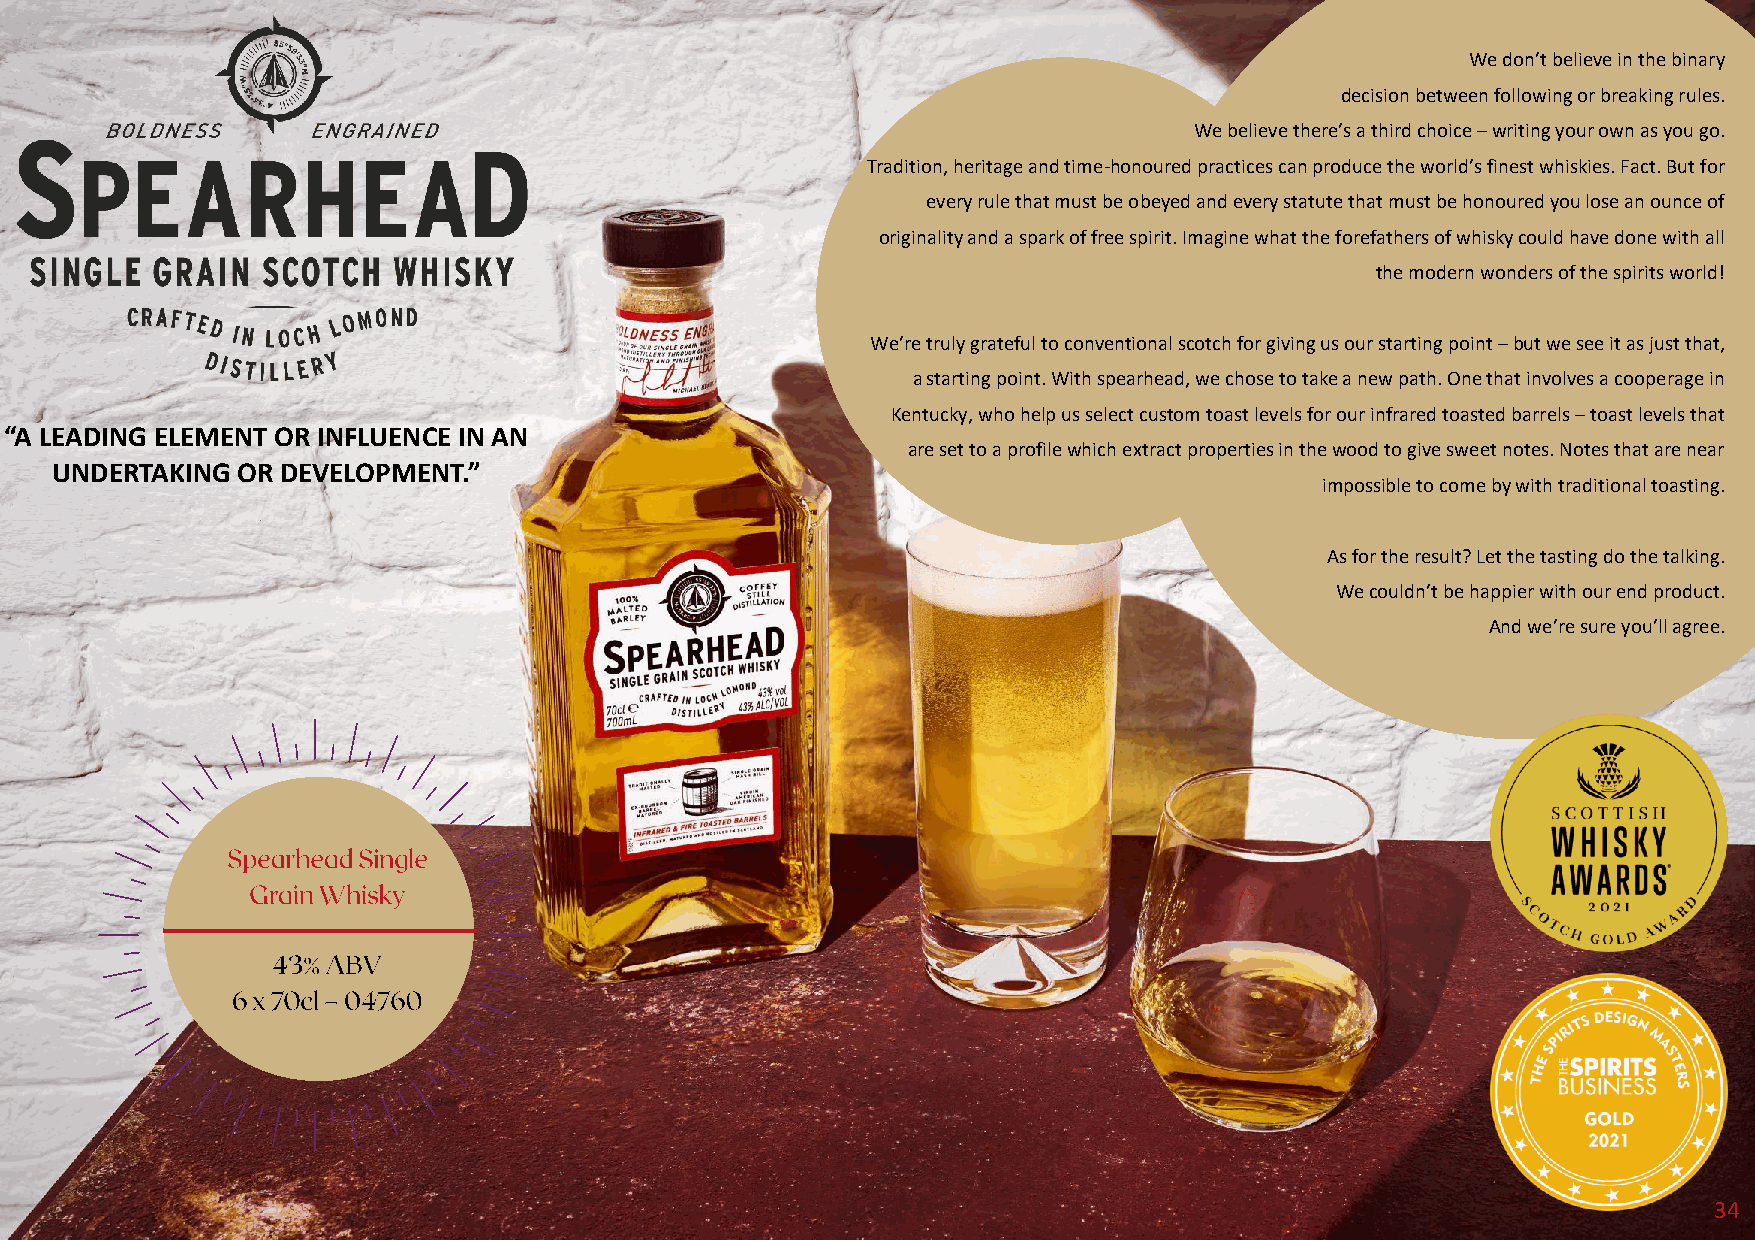
We don’t believe in the binary
 decision between following or breaking rules.
 We believe there’s a third choice –writing your own as you go.
 Tradition, heritage and time-honoured practices can produce the world’s finest whiskies. Fact. But for
 every rule that must be obeyed and every statute that must be honoured you lose an ounce of
 originality and a spark of free spirit. Imagine what the forefathers of whisky could have done with all
 the modern wonders of the spirits world!
 We’re truly grateful to conventional scotch for giving us our starting point –but we see it as just that,
 a starting point. With spearhead, we chose to take a new path. One that involves a cooperage in
 Kentucky, who help us select custom toast levels for our infrared toasted barrels –toast levels that
 “A LEADING ELEMENT OR INFLUENCE IN AN
 are set to a profile which extract properties in the wood to give sweet notes. Notes that are near
 UNDERTAKING  OR DEVELOPMENT.”
 impossible to come by with traditional toasting.
 As for the result? Let the tasting do the talking.
 We couldn’t be happier with our end product.
 And we’re sure you’ll agree.
 34